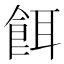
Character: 餌